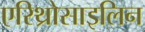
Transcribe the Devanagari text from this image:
एरिथ्रोसाइलिन